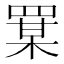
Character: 𦋡